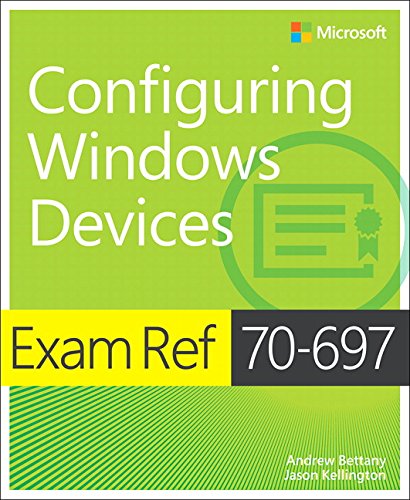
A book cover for Exam Ref 70-697 Configuring Windows Devices; Andrew Bettany; Computers & Technology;